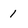
Character: 1